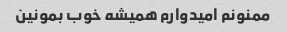
ممنونم امیدوارم همیشه خوب بمونین